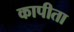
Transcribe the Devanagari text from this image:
कापीता